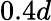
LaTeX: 0.4d